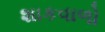
શાકવાળો